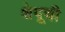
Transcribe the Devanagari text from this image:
शेपूची